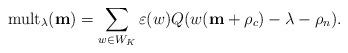
LaTeX: \begin{align*} {\rm mult}_\lambda(\mathbf{m})=\sum_{w\in W_K}\varepsilon(w)Q(w(\mathbf{m}+\rho_c)-\lambda-\rho_n).\end{align*}